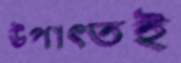
উপাত্তই